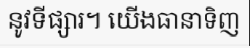
នូវទីផ្សារ។ យើងធានាទិញ